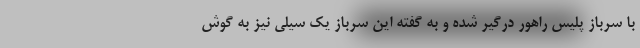
با سرباز پلیس راهور درگیر شده و به گفته این سرباز یک سیلی نیز به گوش